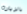
بالزيارة